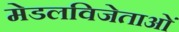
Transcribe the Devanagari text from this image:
मेडलविजेताओं